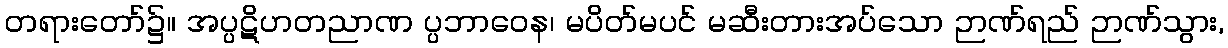
တရားတော်၌။ အပ္ပဋိဟတညာဏ ပ္ပဘာဝေန၊ မပိတ်မပင် မဆီးတားအပ်သော ဉာဏ်ရည် ဉာဏ်သွား,